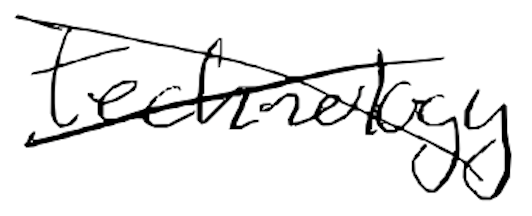
Text: technology
Cross-out: cross
Writing tool: digital_black